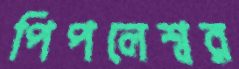
পিপলেশ্বর